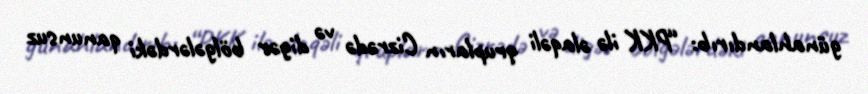
günahlandırıb: “PKK ilə əlaqəli qrupların Cizrədə və digər bölgələrdəki qanunsuz